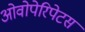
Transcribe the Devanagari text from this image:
ओवोपेरिपेटस